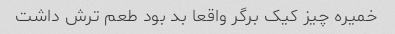
خمیره چیز کیک برگر واقعا بد بود طعم ترش داشت